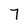
Character: 7